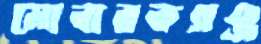
মোবারকগঞ্জ